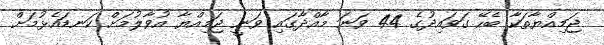
ޖަމިއްޔާތަކާ ބެހޭ ގަވައިދުގެ 44 ވަނަ މާއްދާގައި ވަނީ ޖަމިއްޔާ އުވާލުމަށް ކަނޑައެޅުމަށް